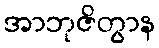
အာဘုဇိတွာန